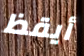
أيقظ